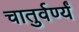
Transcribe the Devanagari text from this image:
चातुर्वर्ण्यं